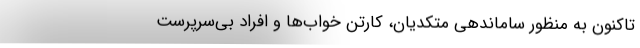
تاکنون به منظور ساماندهی متکدیان، کارتن خواب‌ها و افراد بی‌سرپرست